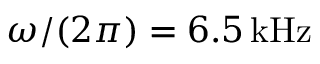
\omega / ( 2 \pi ) = 6 . 5 \, \mathrm { { k H z } }